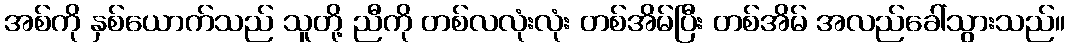
အစ်ကို နှစ်ယောက်သည် သူတို့ ညီကို တစ်လလုံးလုံး တစ်အိမ်ပြီး တစ်အိမ် အလည်ခေါ်သွားသည်။